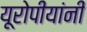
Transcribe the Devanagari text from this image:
यूरोपीयांनी